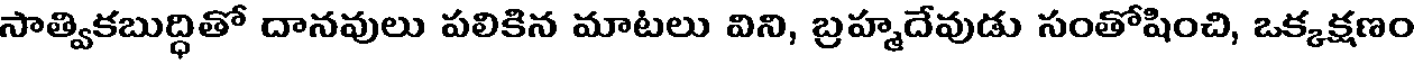
సాత్వికబుద్ధితో దానవులు పలికిన మాటలు విని, బ్రహ్మదేవుడు సంతోషించి, ఒక్కక్షణం